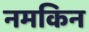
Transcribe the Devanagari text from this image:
नमकिन